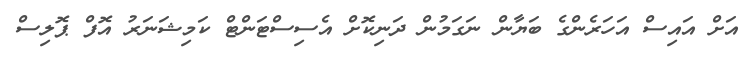
އަށް އައިސް އަހަރެންގެ ބަޔާން ނަގަމުން ދަނިކޮށް އެސިސްޓަންޓް ކަމިޝަނަރު އޮފް ޕޮލިސް